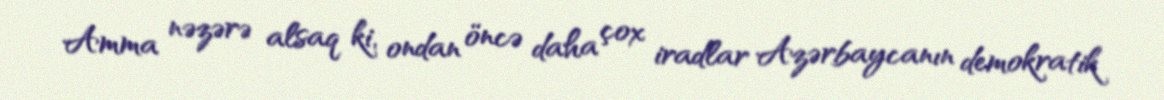
Amma nəzərə alsaq ki, ondan öncə daha çox iradlar Azərbaycanın demokratik